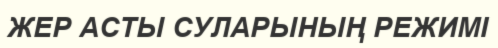
ЖЕР АСТЫ СУЛАРЫНЫҢ РЕЖИМІ